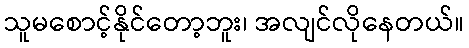
သူမစောင့်နိုင်တော့ဘူး၊ အလျင်လိုနေတယ်။